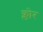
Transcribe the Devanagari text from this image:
क्लोर